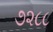
૭૨૮૮